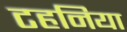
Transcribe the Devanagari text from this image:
टहनिया